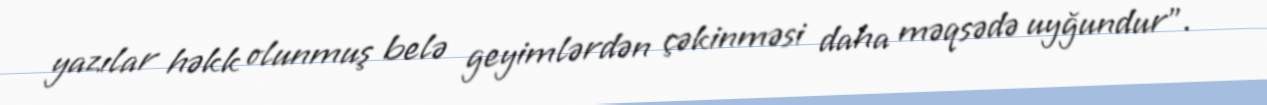
yazılar həkk olunmuş belə geyimlərdən çəkinməsi daha məqsədə uyğundur”.